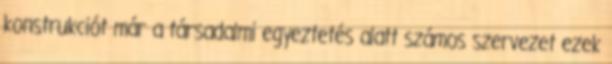
konstrukciót már a társadalmi egyeztetés alatt számos szervezet ezek